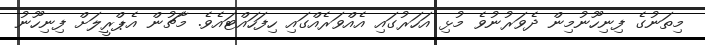
މިތަނުގެ ފިނިހޫނުމިން ދެވަރުނުވެ މުޅި އަހަރުގައި އެއްވަރެއްގައި ހިފަހައްޓައެވެ. މާޗުން އެޕްރީލަށް ފިނިހޫނު